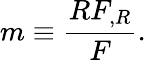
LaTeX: m\equiv{\frac{RF_{,R}}{F}}.